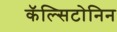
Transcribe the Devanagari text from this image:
कॅल्सिटोनिन